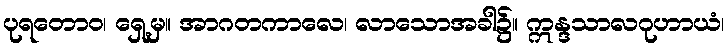
ပုရတောဝ၊ ရှေ့မှ။ အာဂတကာလေ၊ လာသောအခါ၌။ ဣန္ဒသာလဂုဟာယံ၊